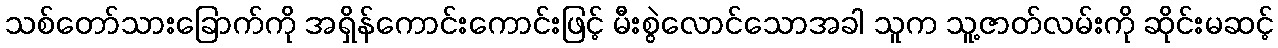
သစ်တော်သားခြောက်ကို အရှိန်ကောင်းကောင်းဖြင့် မီးစွဲလောင်သောအခါ သူက သူ့ဇာတ်လမ်းကို ဆိုင်းမဆင့်